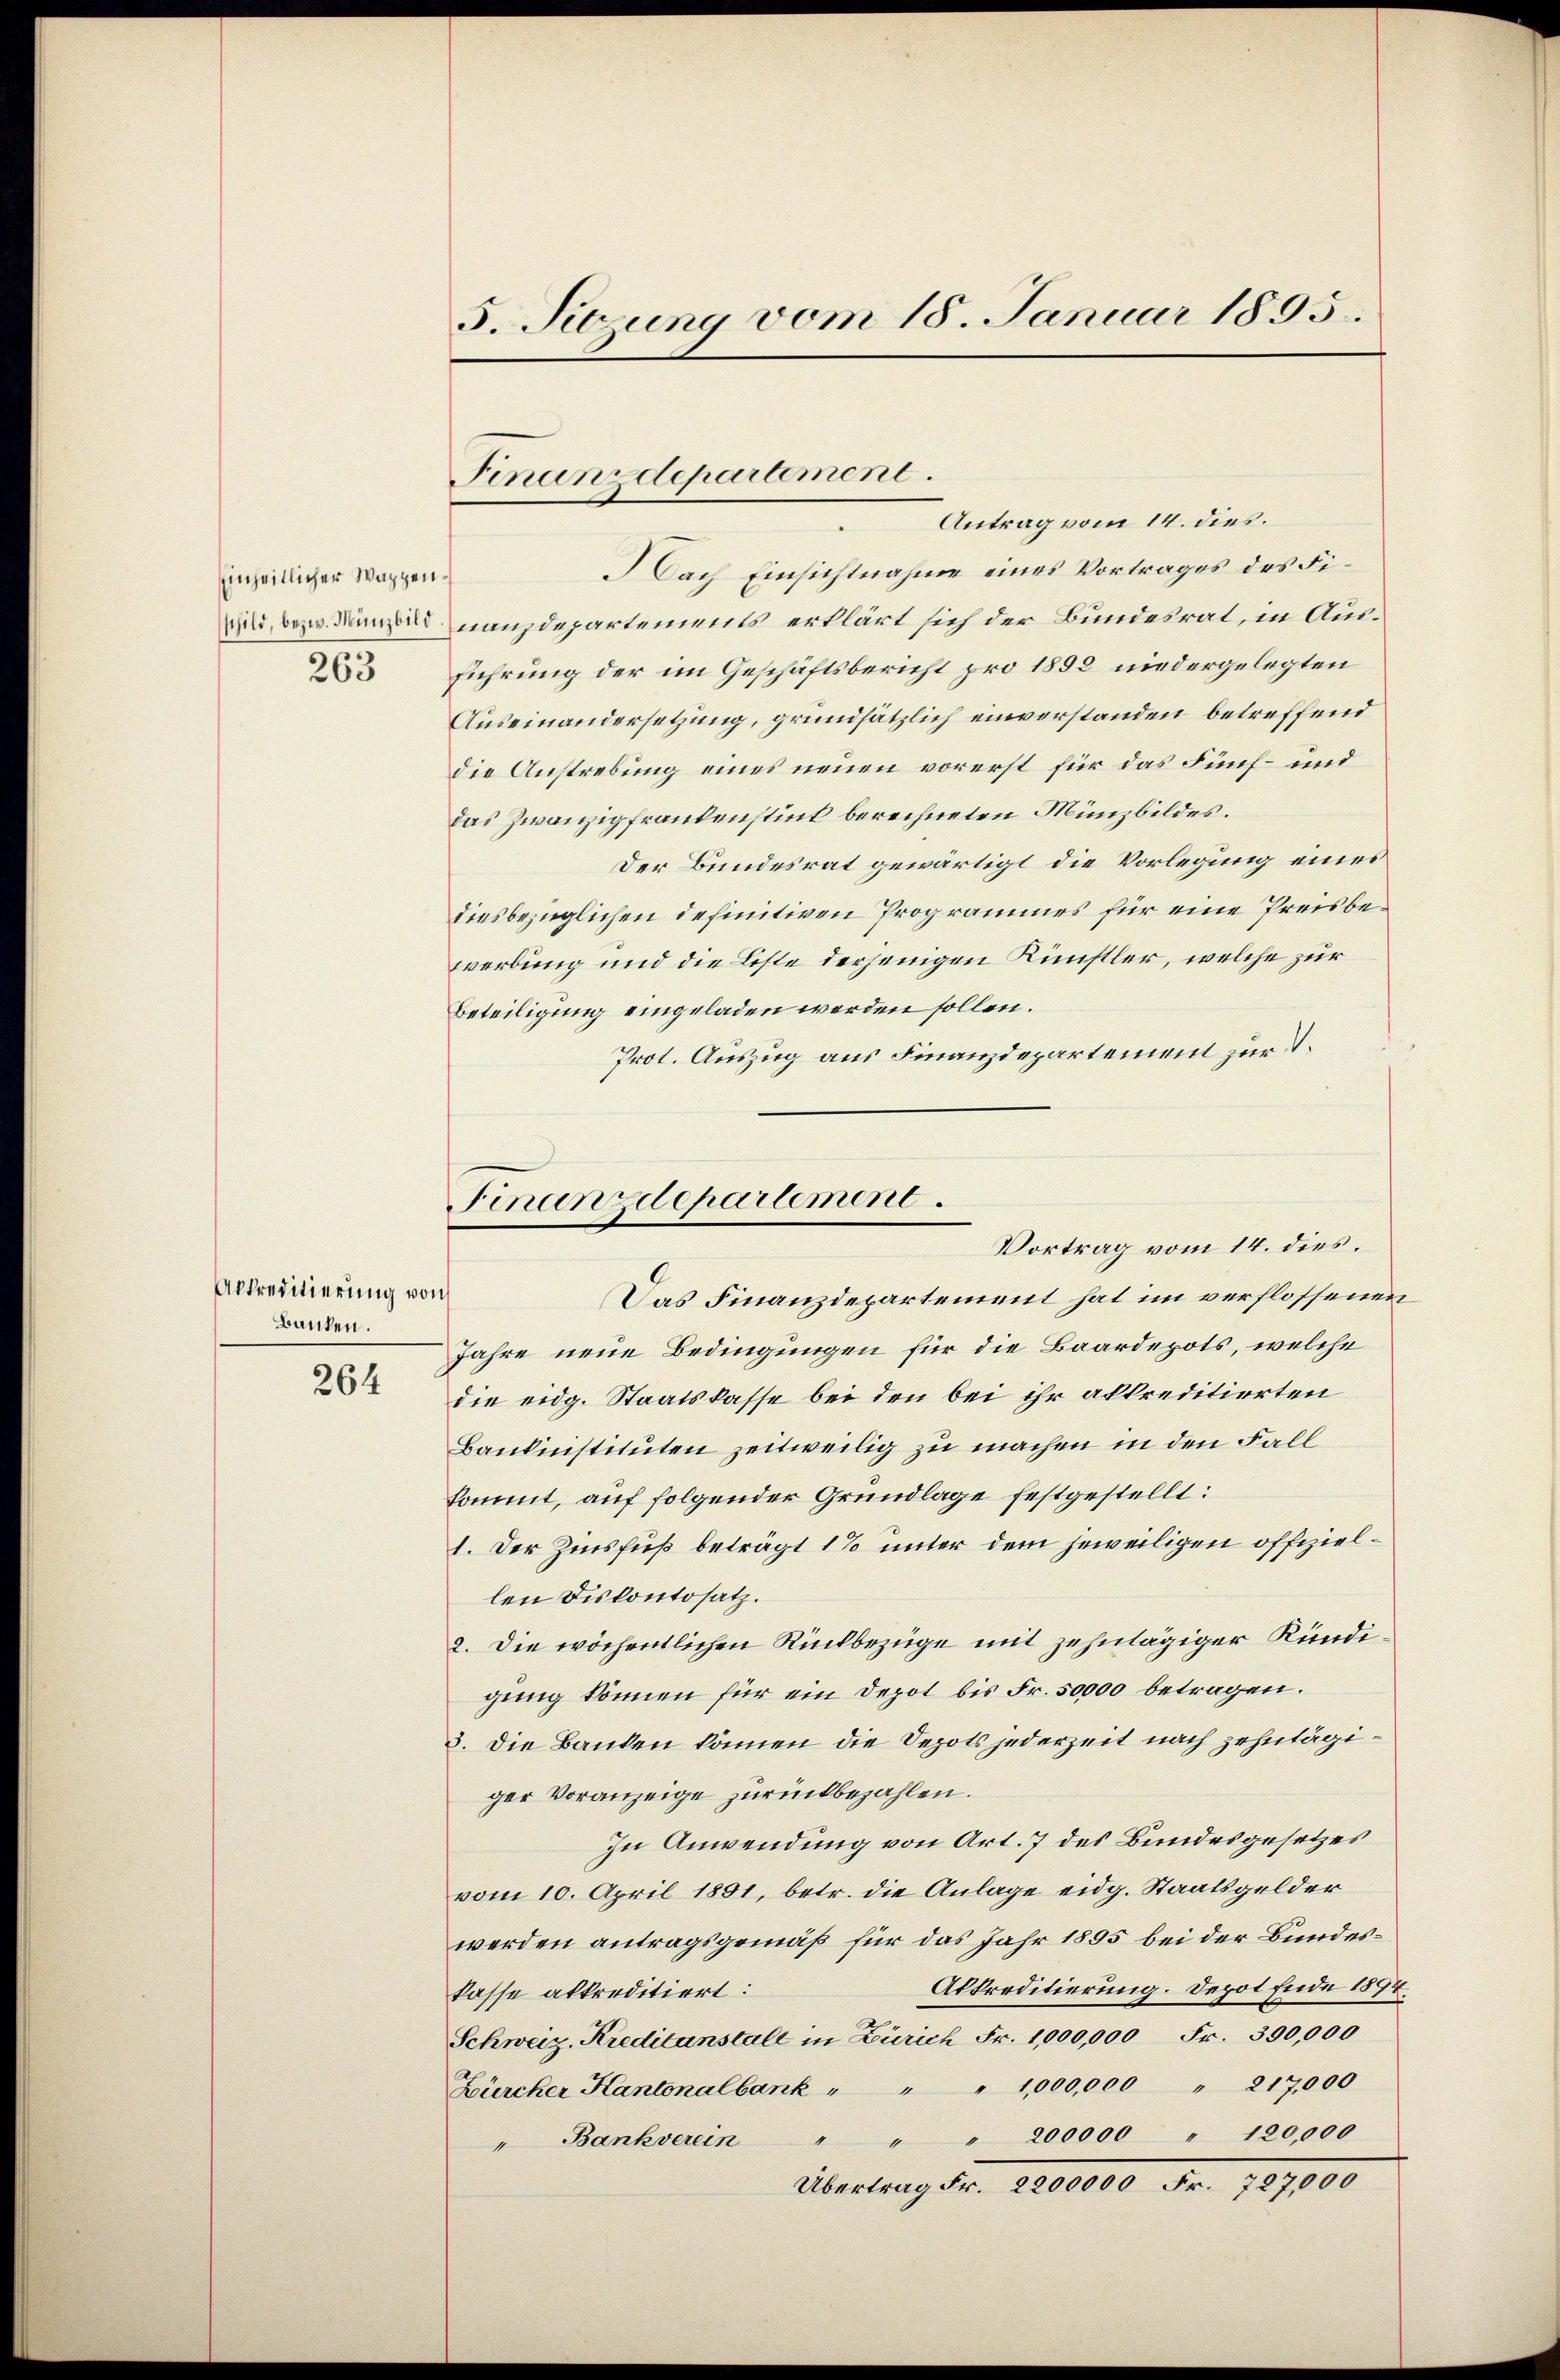
Einheitlicher Wappen¬
263

Akkreditierung von
Banken.

264

5. Sitzung vom 18. Januar 1895.

Nach Einsichtnahme eines Vortrages des Fi¬
 benanzdepartements erklärt sich der Bundesrat, in Ausführung der im Geschäftsbericht pro 1892 niedergelegten
Auseinandersetzung, grundsätzlich einverstanden betreffend
die Anstrebung eines neuen vorerst für das Fünf- und
Das Zwanzigfrankenstück berechneten Münzbildes.
Der Bundesrat gewärtigt die Vorlegung eines
diesbezüglichen definitiven Programmes für eine Preisbewerbung und die Liste derjenigen Künstler, welche zur
Beteiligung eingeladen werden sollen.
Prot. Auszug aus Finanzdepartement zur

Finanzdepartement.
Antrag vom 14. dies.

Finanzdepartement.
Vortrag vom 14. dies.

Das Finanzdepartement hat im verflossenen
Jahre neue Bedingungen für die Baardepots, welche
die eidg. Staatskasse bei den bei ihr akkreditierten
Baukunstituten zeitweilig zu machen in den Fall
kommt, auf folgender Grundlage festgestellt:
1. Der Zinsfuß beträgt 1% unter dem jeweiligen offiziellen Diskontosatz.
2. Die wöchentlichen Rückbezüge mit zehntägiger Kündigung können für ein Depot bis Fr. 50000 betragen.
3. Die Banken können die Depots jederzeit nach zehntägiger Voranzeige zurückbezahlen.
In Anwendung von Art. 7 des Bundesgesetzes
vom 10. April 1851, betr. die Anlage eidg. Staatsgelder
werden antragsgemäß für das Jahr 1895 bei der Bundes¬
Akkreditierung. Depot Ende 1874.
kasse akkreditiert:
Schweiz. Kreditanstalt in Zürich Fr. 1,000,000 Fr. 300,000
Zürcher Kantonalbank " " " 1,000,000 " 217,000
" 200000 " 120,000
" Bankverein " "
Übertung der 200000 Fr. 189000